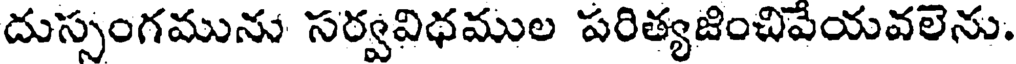
దుస్సంగమును సర్వవిధముల పరిత్యజించివేయవలెను.